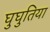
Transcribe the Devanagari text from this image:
घुघुतिया